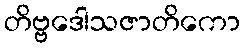
တိဗ္ဗဒေါသဇာတိကော